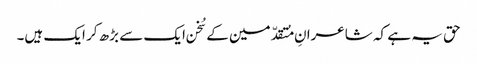
حق یہ ہے کہ شاعرانِ مُتقدّمین کے سُخن ایک سے بڑھ کر ایک ہیں۔